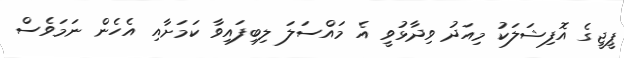
ޕީޖީގެ އޮފިޝަލަކު މިއަދު ވިދާޅުވީ އެ މައްސަލަ ލިބިފައިވާ ކަމަށާއި އެހެން ނަމަވެސް